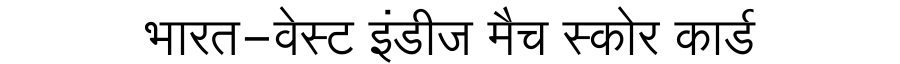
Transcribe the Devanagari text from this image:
भारत-वेस्ट इंडीज मैच स्कोर कार्ड